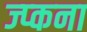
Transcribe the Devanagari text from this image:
ज्प्कना